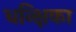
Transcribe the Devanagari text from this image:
धन्क्षिका